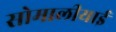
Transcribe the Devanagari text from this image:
सोमालीयाई